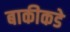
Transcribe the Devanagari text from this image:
बाकीकडे